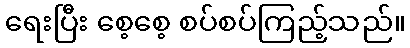
ရေးပြီး စေ့စေ့ စပ်စပ်ကြည့်သည်။